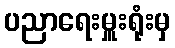
ပညာရေးမှူးရုံးမှ